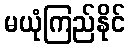
မယုံကြည်နိုင်